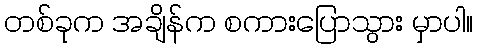
တစ်ခုက အချိန်က စကားပြောသွား မှာပါ။